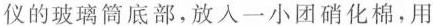
仪的玻璃筒底部，放入一小团硝化棉，用